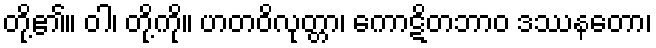
တို့၏။ ဝါ၊ တို့ကို။ ဟတဝိလုတ္တာ၊ ကောဋိတဘာဝ ဒဿနတော၊